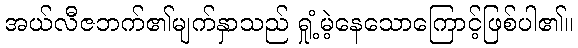
အယ်လီဇဘက်၏မျက်နှာသည် ရှုံ့မဲ့နေသောကြောင့်ဖြစ်ပါ၏။